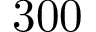
3 0 0